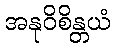
အနုဝိစိန္တယံ